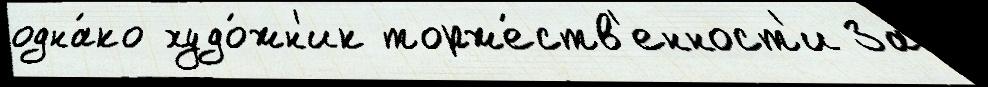
одна́ко худо́жн'ик торже́ств'енност'и За